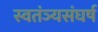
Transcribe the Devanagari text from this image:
स्वतंञ्यसंघर्ष